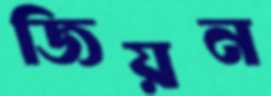
জিয়ন